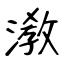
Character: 漖